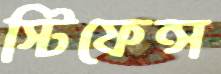
স্টিফেন্স